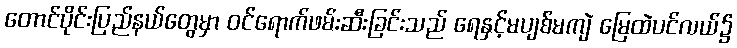
တောင်ပိုင်းပြည်နယ်တွေမှာ ဝင်ရောက်ဖမ်းဆီးခြင်းသည် ရေနှင့်မပျစ်မကျဲ မြေထဲပင်လယ်၌